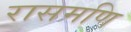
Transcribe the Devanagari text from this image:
रासमणि